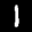
Label: 1